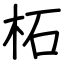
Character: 柘